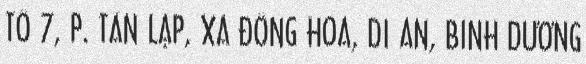
TỔ 7, P. TÂN LẬP, XÃ ĐÔNG HÒA, DĨ AN, BÌNH DƯƠNG